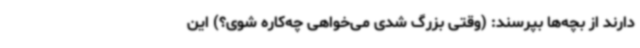
دارند از بچه‌ها بپرسند: (وقتی بزرگ شدی می‌خواهی چه‌کاره شوی؟) این